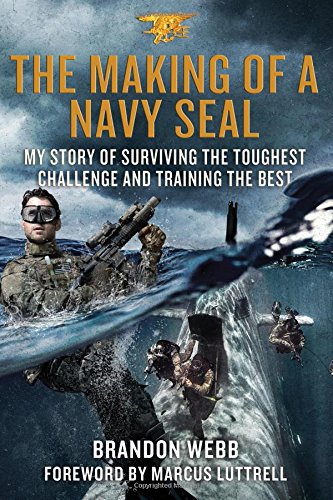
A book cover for The Making of a Navy SEAL: My Story of Surviving the Toughest Challenge and Training the Best; Brandon Webb; Teen & Young Adult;